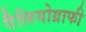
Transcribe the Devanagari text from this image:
पैलियोग्राफी